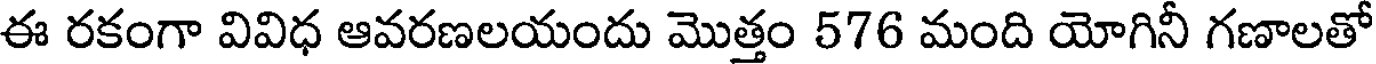
ఈ రకంగా వివిధ ఆవరణలయందు మొత్తం 576 మంది యోగినీ గణాలతో